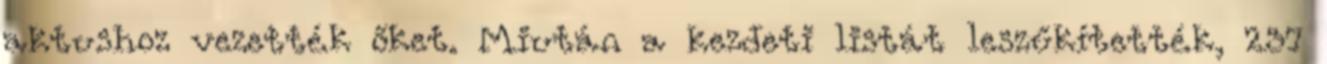
aktushoz vezették őket. Miután a kezdeti listát leszűkítették, 237